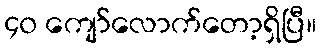
၄၀ ကျော်လောက်တော့ရှိပြီ။